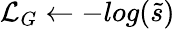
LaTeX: \mathcal{L}_{G}\gets-log(\tilde{s})